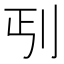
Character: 𱐒